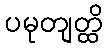
ပမုတျတ္ထိ